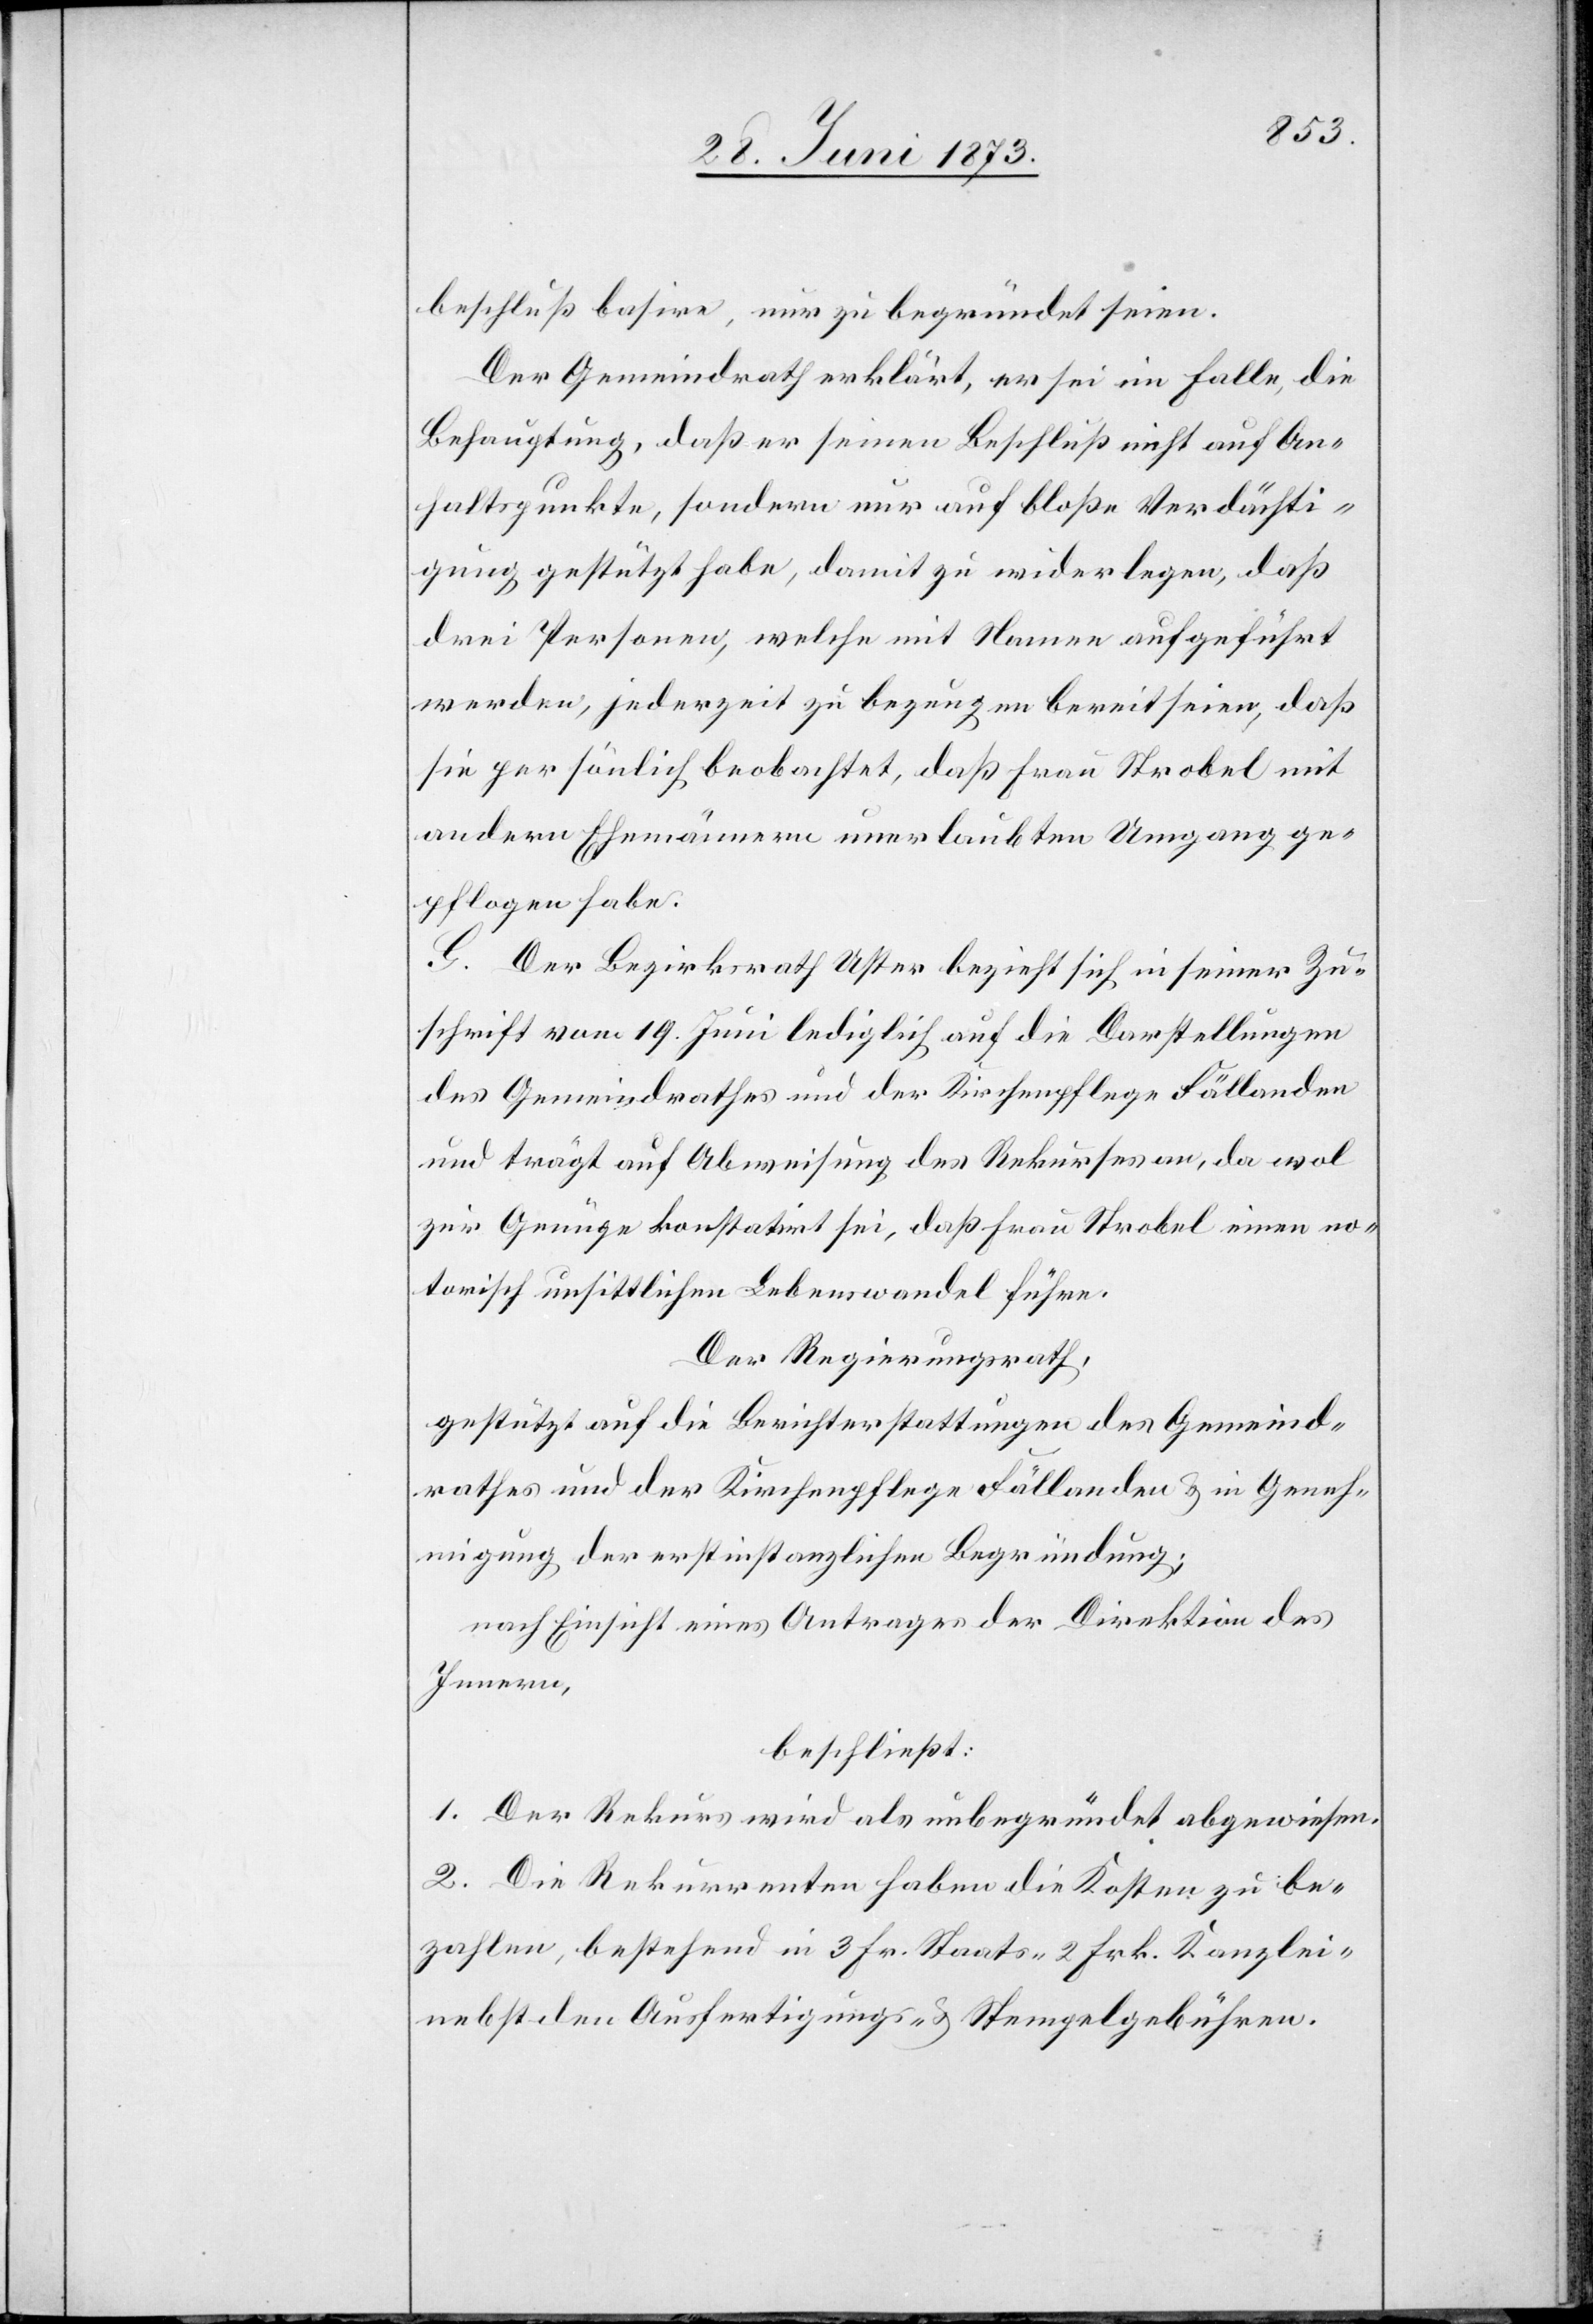
beschluß basire, nur zu begründet seien.
Der Gemeindrath erklärt, er sei im Falle, die
Behauptung, daß er seinen Beschluß nicht auf An¬
haltspunkte, sondern nur auf bloße Verdächti¬
gung gestützt habe, damit zu widerlegen, daß
drei Personen, welche mit Namen aufgeführt
werden, jederzeit zu bezeugen bereit seien, daß
sie persönlich beobachtet, daß Frau Strobel mit
andern Ehemännern unerlaubten Umgang ge¬
pflogen habe.
G. Der Bezirksrath Uster bezieht sich in seiner Zu¬
schrift vom 19. Juni lediglich auf die Darstellungen
des Gemeindrathes und der Kirchenpflege Fällanden
und trägt auf Abweisung des Rekurses an, da wol
zur Genüge konstatirt sei, daß Frau Strobel einen no¬
torisch unsittlichen Lebenswandel führe.
Der Regierungsrath,
gestützt auf die Berichterstattungen des Gemeind¬
rathes und der Kirchenpflege Fällanden & in Geneh¬
migung der erstinstanzlichen Begründung;
nach Einsicht eines Antrages der Direktion des
Innern,
beschließt:
1. Der Rekurs wird als unbegründet abgewiesen.
2. Die Rekurrenten haben die Kosten zu be¬
zahlen, bestehend in 3 Fr. Staats- 2 Frk. Kanzlei-
nebst den Ausfertigungs- & Stempelgebühren.